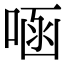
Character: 㖤